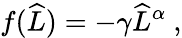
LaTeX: f(\widehat{L})=-\gamma\widehat{L}^{\alpha}\ ,